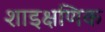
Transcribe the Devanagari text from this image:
शाइक्षणिक